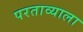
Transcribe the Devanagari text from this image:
परताव्याला